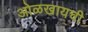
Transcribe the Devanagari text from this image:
ओळखायची